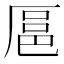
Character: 𫨓